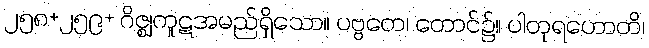
၂၅၈+၂၅၉+ ဂိဇ္ဈကူဋအမည်ရှိသော။ ပဗ္ဗတေ၊ တောင်၌။ ပါတုရဟောတိ၊